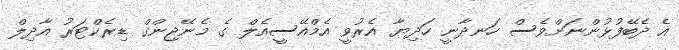
އެ ދެބޭފުޅުންނަށްވެސް ހަނދާނީ ހަދިޔާ އެރުވީ އެމްއޭސީއެލް ގެ މެނޭޖިންގް ޑިރެކްޓަރު އާދިލް